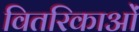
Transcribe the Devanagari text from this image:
वितरिकाओं